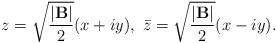
LaTeX: \begin{align*}z = \sqrt{{{|{\rm\bf B}|} \over 2}} ( x + i y), ~\bar z = \sqrt{{{| {\rm\bf B} |} \over 2}} ( x - i y).\end{align*}